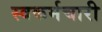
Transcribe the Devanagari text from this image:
स्वकर्मचारी